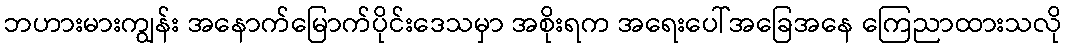
ဘဟားမားကျွန်း အနောက်မြောက်ပိုင်းဒေသမှာ အစိုးရက အရေးပေါ်အခြေအနေ ကြေညာထားသလို